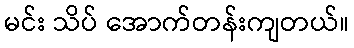
မင်း သိပ် အောက်တန်းကျတယ်။